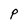
Character: P